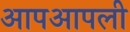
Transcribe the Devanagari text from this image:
आपआपली